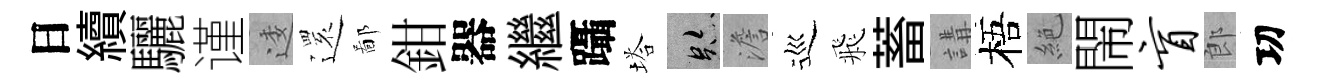
日續驪谨逶𮟃鄙鉗器繼躡塔跡澹巡飛蓄講梧絶閙盲郎㓛